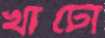
খাটো